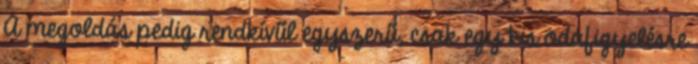
A megoldás pedig rendkívűl egyszerű, csak egy kis odafigyelésre